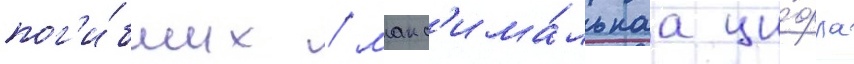
пог'и́бших / макс'има́льнаа ци́фра